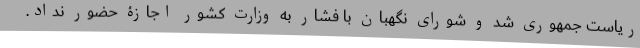
ریاست جمهوری شد و شورای نگهبان با فشار به وزارت کشور اجازۀ حضور نداد.